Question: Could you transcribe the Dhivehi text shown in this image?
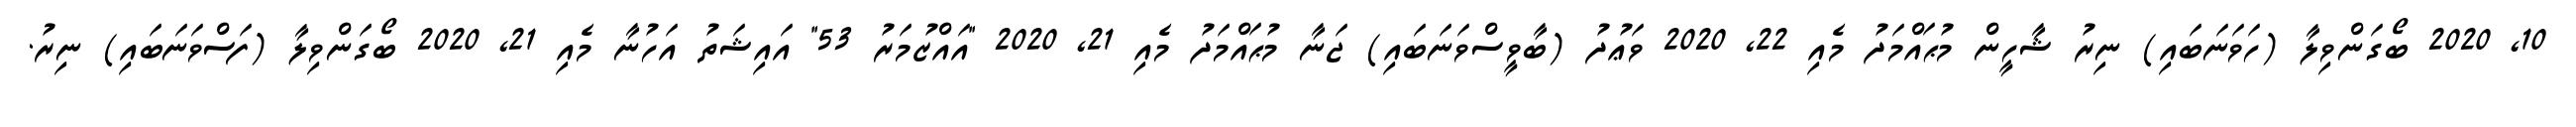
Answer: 10, 2020 ބޯގަންވިލާ (ހަވަނަބައި) ނިރު ޝާހީން މުޙައްމަދު މެއި 22, 2020 ވަޢުދު (ބާވީސްވަނަބައި) ޖަނާ މުޙައްމަދު މެއި 21, 2020 "އައްޒުމަރު 53" އައިޝަތު އަހުނާ މެއި 21, 2020 ބޯގަންވިލާ (ފަސްވަނަބައި) ނިރު.